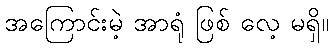
အကြောင်းမဲ့ အာရုံ ဖြစ် လေ့ မရှိ။